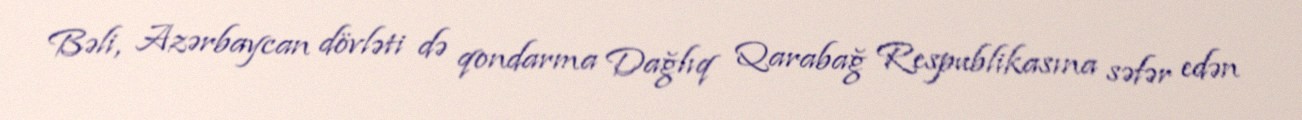
Bəli, Azərbaycan dövləti də qondarma Dağlıq Qarabağ Respublikasına səfər edən